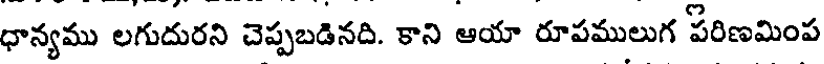
ధాన్యము లగుదురని చెప్పబడినది. కాని ఆయా రూపములుగ పరిణమింప